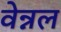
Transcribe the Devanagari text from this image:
वेन्नल